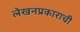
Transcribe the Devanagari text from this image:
लेखनप्रकाराची